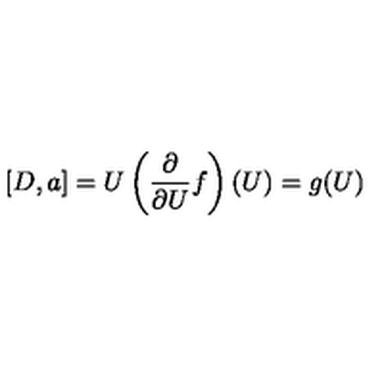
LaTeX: [ D , a ] = U \left( \frac { \partial } { \partial U } f \right) ( U ) = g ( U )